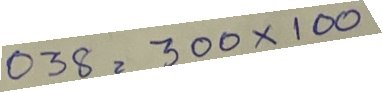
038 = 300 x 100